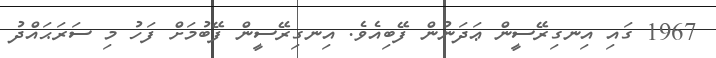
1967 ގައި އިނގިރޭސީން ޢަދަނުން ފޭބިއެވެ. އިނގިރޭސީން ފޭބުމަށް ފަހު މި ސަރަޙައްދު